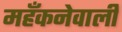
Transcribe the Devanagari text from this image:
महँकनेवाली